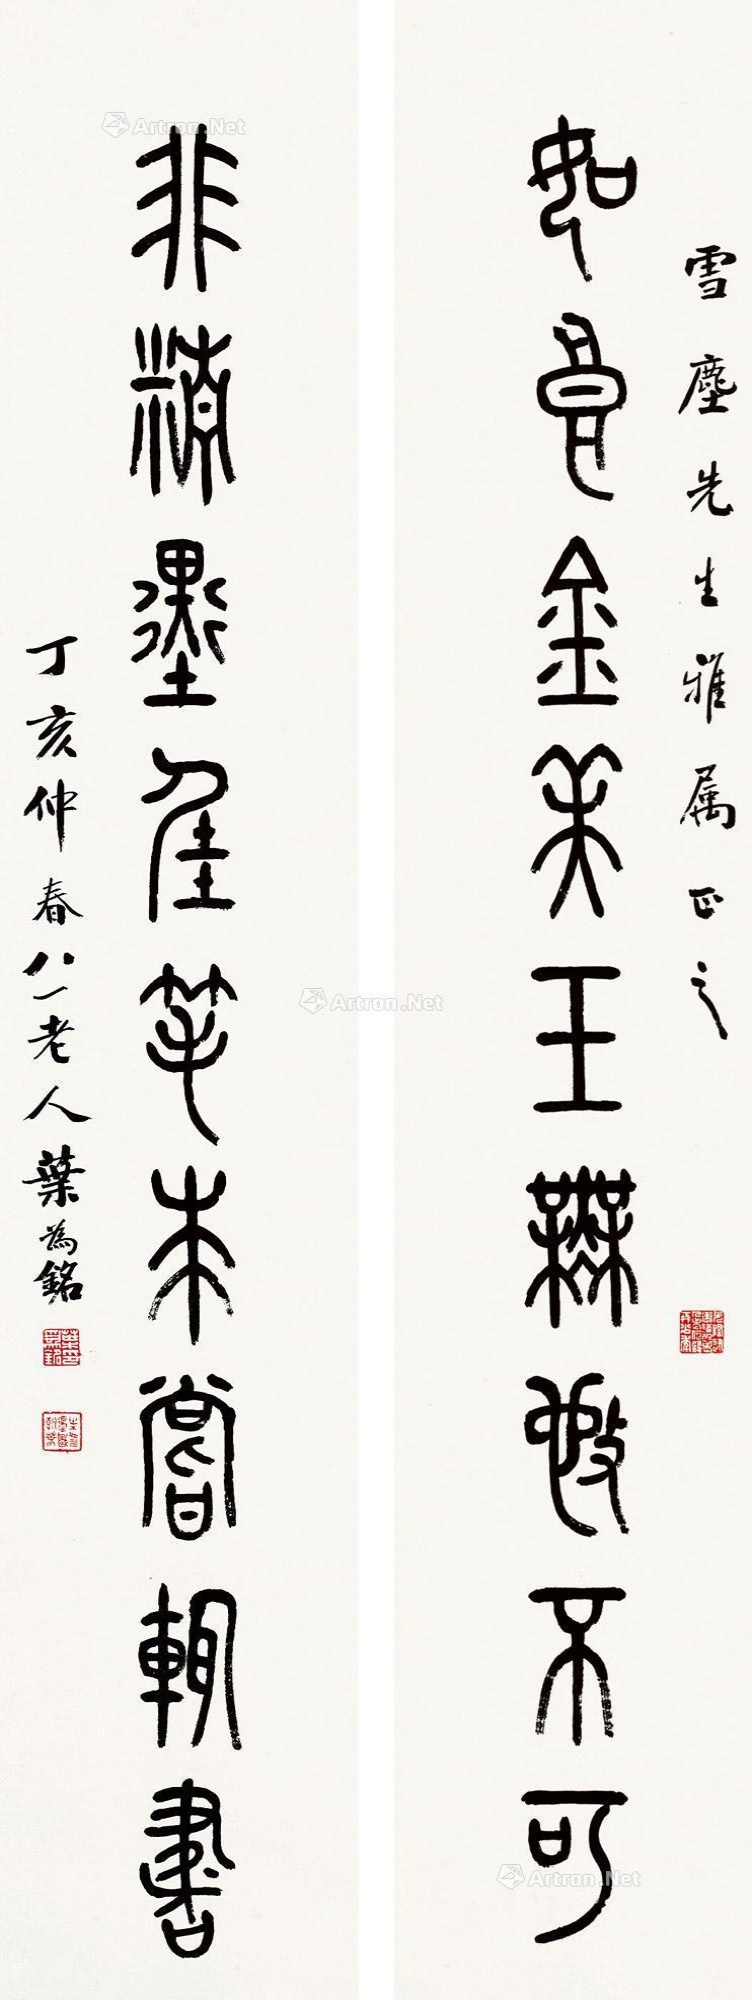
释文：如良金美玉无施不可，非精墨佳笔未尝辄书。雪尘先生雅属正之，丁亥仲春八一老人叶为铭。